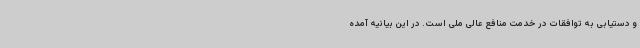
و دستیابی به توافقات در خدمت منافع عالی ملی است. در این بیانیه آمده